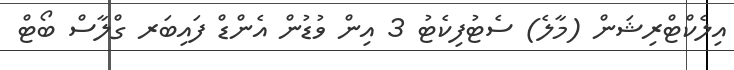
އިލެކްޓްރިޝަން (މާލެ) ސެޓުފިކެޓު 3 އިން ވުޑުން އެންޑް ފައިބަރ ގްލާސް ބޯޓް